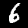
Digit: 6